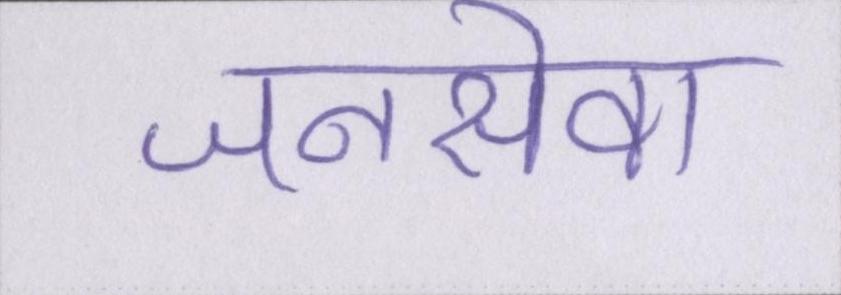
जनसेवा